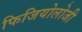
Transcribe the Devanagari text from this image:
फिजियोलोजी